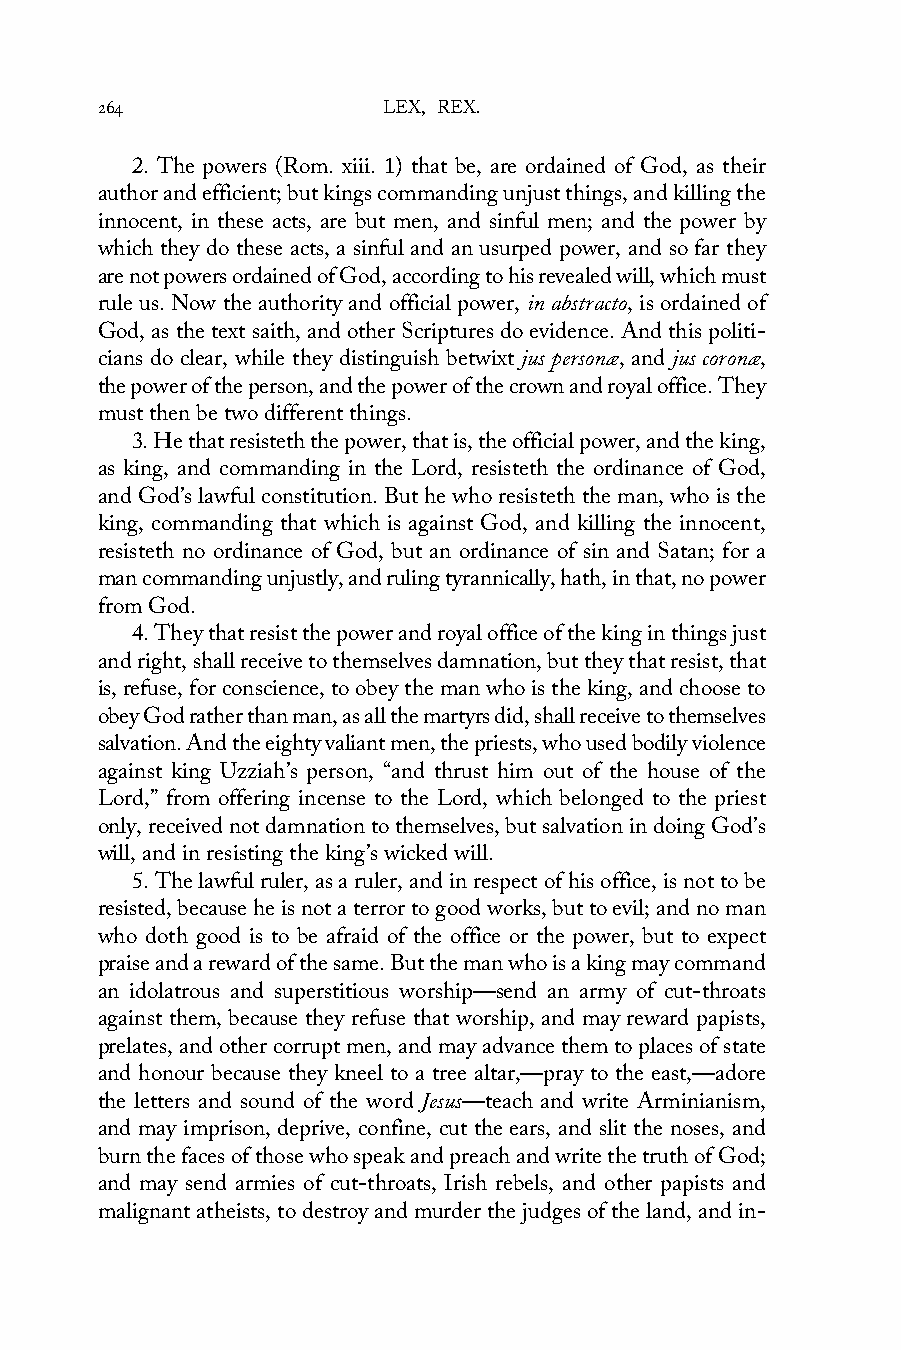
264                LEX, REX.
 2. The powers (Rom. xiii. 1) that be, are ordained of God, as their
 author and efficient; but kings commanding unjust things, and killing the
 innocent, in these acts, are but men, and sinful men; and the power by
 which they do these acts, a sinful and an usurped power, and so far they
 are not powers ordained of God, according to his revealed will, which must
 rule us. Now the authority and official power, in abstracto, is ordained of
 God, as the text saith, and other Scriptures do evidence. And this politi-
 cians do clear, while they distinguish betwixt jus personæ, and jus coronæ,
 the power of the person, and the power of the crown and royal office. They
 must then be two different things.
 3. He that resisteth the power, that is, the official power, and the king,
 as king, and commanding in the Lord, resisteth the ordinance of God,
 and God’s lawful constitution. But he who resisteth the man, who is the
 king, commanding that which is against God, and killing the innocent,
 resisteth no ordinance of God, but an ordinance of sin and Satan; for a
 man commanding unjustly, and ruling tyrannically, hath, in that, no power
 from God.
 4. They that resist the power and royal office of the king in things just
 and right, shall receive to themselves damnation, but they that resist, that
 is, refuse, for conscience, to obey the man who is the king, and choose to
 obey God rather than man, as all the martyrs did, shall receive to themselves
 salvation. And the eighty valiant men, the priests, who used bodily violence
 against king Uzziah’s person, “and thrust him out of the house of the
 Lord,” from offering incense to the Lord, which belonged to the priest
 only, received not damnation to themselves, but salvation in doing God’s
 will, and in resisting the king’s wicked will.
 5. The lawful ruler, as a ruler, and in respect of his office, is not to be
 resisted, because he is not a terror to good works, but to evil; and no man
 who doth good is to be afraid of the office or the power, but to expect
 praise and a reward of the same. But the man who is a king may command
 an idolatrous and superstitious worship—send an army of cut-throats
 against them, because they refuse that worship, and may reward papists,
 prelates, and other corrupt men, and may advance them to places of state
 and honour because they kneel to a tree altar,—pray to the east,—adore
 the letters and sound of the word Jesus—teach and write Arminianism,
 and may imprison, deprive, confine, cut the ears, and slit the noses, and
 burn the faces of those who speak and preach and write the truth of God;
 and may send armies of cut-throats, Irish rebels, and other papists and
 malignant atheists, to destroy and murder the judges of the land, and in-